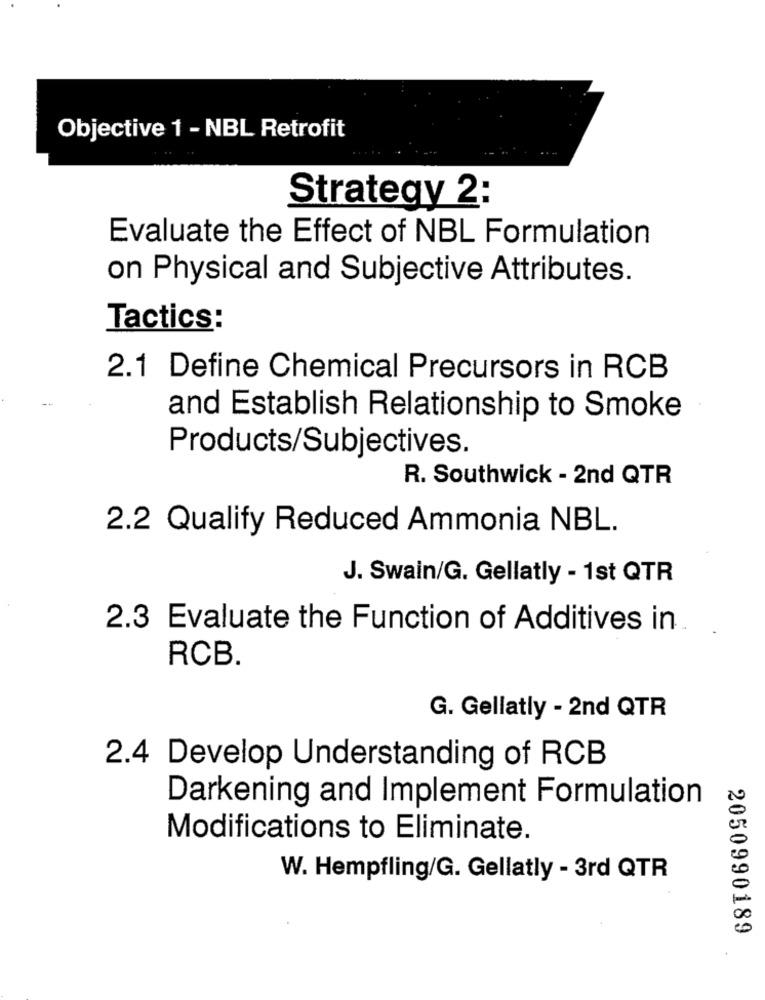
Objective 1 - NBL Retrofit
Strategy 2:
Evaluate the Effect of NBL Formulation
on Physical and Subjective Attributes.
Tactics:
2.1 Define Chemical Precursors in RCB
and Establish Relationship to Smoke
Products/Subjectives.
R. Southwick - 2nd QTR
2.2 Qualify Reduced Ammonia NBL.
J. Swain/G. Gellatly - 1st QTR
2.3 Evaluate the Function of Additives in
RCB.
G. Gellatly - 2nd QTR
2.4 Develop Understanding of RCB
Darkening and Implement Formulation
Modifications to Eliminate.
W. Hempfling/G. Gellatly - 3rd QTR
2050990189